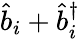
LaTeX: \hat{b}_{i}+\hat{b}_{i}^{\dagger}